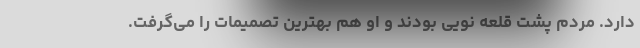
دارد. مردم پشت قلعه نویی بودند و او هم بهترین تصمیمات را می‌گرفت.